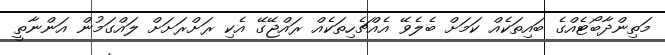
މަތިންދާބޯޓެއްގެ ބައިތަކެއް ކަމަށް ބެލެވޭ އެއްޗެހިތަކެއް ރައްޖޭގޭ އެކި ރަށްރަށަށް ލައްގަމުން އަންނާތީ